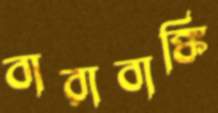
বারাবাঙ্কি